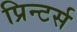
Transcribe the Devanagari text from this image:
प्रिन्टर्स